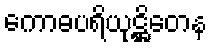
ကောဓပရိယုဋ္ဌိတေန